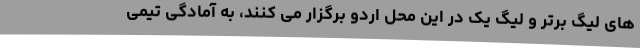
های لیگ برتر و لیگ یک در این محل اردو برگزار می کنند، به آمادگی تیمی